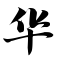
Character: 华